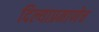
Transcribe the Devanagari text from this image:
दिल्याप्रमाणेच